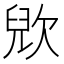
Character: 𣣉